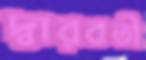
দ্বারবতী